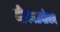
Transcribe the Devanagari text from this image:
जीवनप्रयोजन